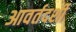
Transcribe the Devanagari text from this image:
आवर्तदर्शी